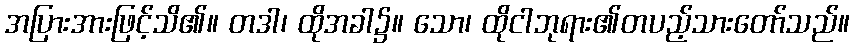
အပြားအားဖြင့်သိ၏။ တဒါ၊ ထိုအခါ၌။ သော၊ ထိုငါဘုရား၏တပည့်သားတော်သည်။